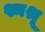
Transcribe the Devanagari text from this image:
श्मश्रू